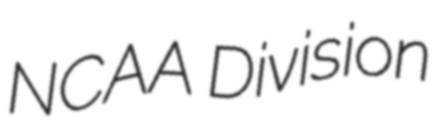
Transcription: NCAA Division